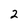
Character: 2